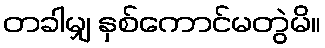
တခါမျှ နှစ်ကောင်မတွဲမိ။